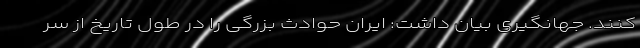
کنند. جهانگیری بیان داشت: ایران حوادث بزرگی را در طول تاریخ از سر